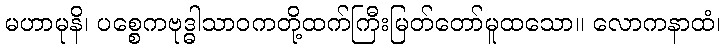
မဟာမုနိ၊ ပစ္စေကဗုဒ္ဓါသာဝကတို့ထက်ကြီးမြတ်တော်မူထသော။ လောကနာထံ၊